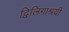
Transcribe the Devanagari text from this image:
द्विलिंगाश्रयी